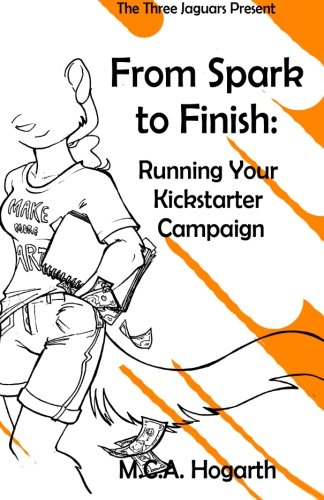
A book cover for From Spark to Finish: Running Your Kickstarter Campaign; M.C.A. Hogarth; Business & Money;